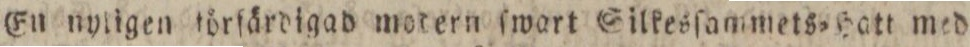
En nyligen törſärdigad modern ſwart Silkesſammets=Hatt med